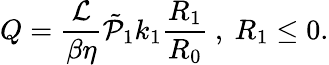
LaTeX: Q=\frac{\mathcal{L}}{\beta\eta}\tilde{\mathcal{P}}_{1}k_{1}\frac{R_{1}}{R_{0}}\ ,\ R_{1}\leq 0.